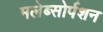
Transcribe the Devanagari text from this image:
मलेब्सोर्पशन